Leaving Certificate Examination (including Day School Certificate (Higher) General paper), 1932
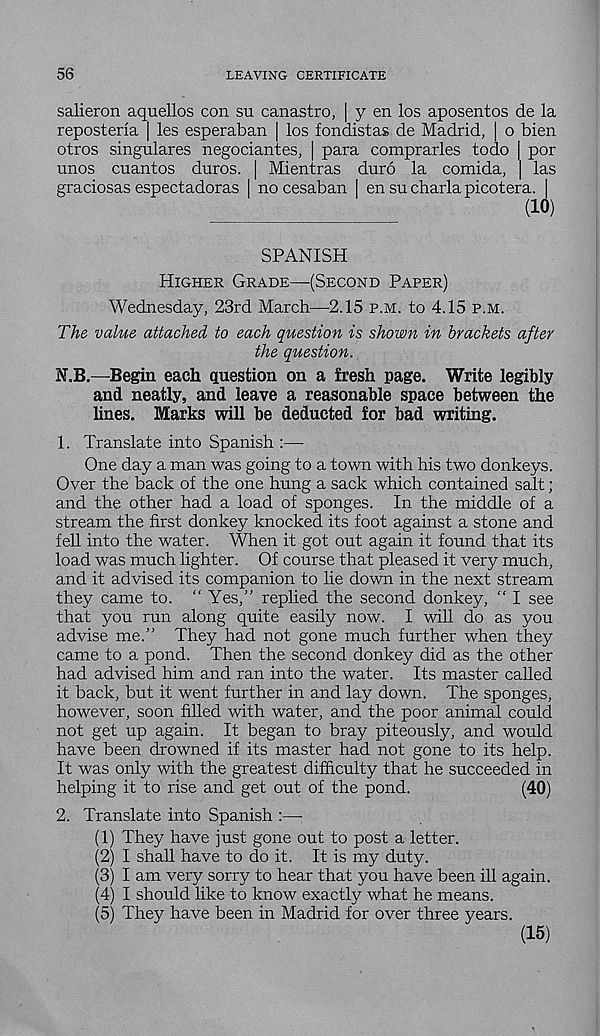
56
LEAVING CERTIFICATE
salieron aquellos con su canastro, | y en los aposentos de la
reposteria | les esperaban | los fondistas de Madrid, | o bien
otros singulares negociantes, | para comprarles todo | por
unos cuantos duros. | Mientras duro la comida, | las
graciosas espectadoras | no cesaban I en su charla picotera. |
(10)
SPANISH
Higher Grade—(Second Paper)
Wednesday, 23rd March—2.15 p.m. to 4.15 p.m.
The value attached to each question is shown in brackets after
the question.
N.B.—Begin each question on a fresh page. Write legibly
and neatly, and leave a reasonable space between the
lines. Marks will be deducted for bad writing.
1. Translate into Spanish :—
One day a man was going to a town with his two donkeys.
Over the back of the one hung a sack which contained salt;
and the other had a load of sponges. In the middle of a
stream the first donkey knocked its foot against a stone and
fell into the water. When it got out again it found that its
load was much lighter. Of course that pleased it very much,
and it advised its companion to lie down in the next stream
they came to. “ Yes,” replied the second donkey, “ I see
that you run along quite easily now. I will do as you
advise me.” They had not gone much further when they
came to a pond. Then the second donkey did as the other
had advised him and ran into the water. Its master called
it back, but it went further in and lay down. The sponges,
however, soon filled with water, and the poor animal could
not get up again. It began to bray piteously, and would
have been drowned if its master had not gone to its help.
It was only with the greatest difficulty that he succeeded in
helping it to rise and get out of the pond.
(40)
2. Translate into Spanish :— :
(1) They have just gone out to post a letter.
(2) I shall have to do it. It is my duty.
(3) I am very sorry to hear that you have been ill again.
(4) I should like to know exactly what he means.
(5) They have been in Madrid for over three years.
(15)